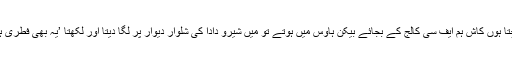
سوچتا ہوں کاش ہم ایف سی کالج کے بجائے بیکن ہاوس میں ہوتے تو میں شیرو دادا کی شلوار دیوار پر لگا دیتا اور لکھتا ’یہ بھی فطری ہے‘۔